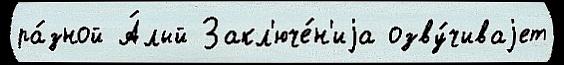
ра́зной А́лый Закл'юче́н'иjа озву́чиваjет